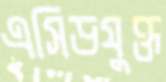
এসিডযুক্ত